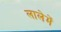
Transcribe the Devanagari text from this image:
लालेमें